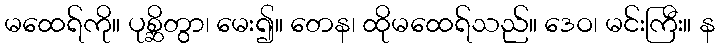
မထေရ်ကို။ ပုစ္ဆိတွာ၊ မေး၍။ တေန၊ ထိုမထေရ်သည်။ ဒေဝ၊ မင်းကြီး။ န